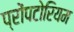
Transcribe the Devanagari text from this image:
प्रोंपटोरियम